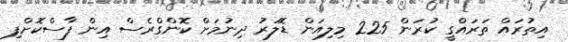
އިތުރައް ތަރައްގީ ކުރަން 225 މިލިއަން ޑޮލަރު ދިނުމަށް ކޮންގްރެސް އިން ފާސްކޮށްފި